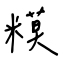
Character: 糢